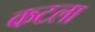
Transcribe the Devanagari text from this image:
कटला